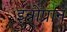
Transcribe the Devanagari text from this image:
इन्नोप्रान